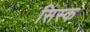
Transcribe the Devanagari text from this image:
सिस्क